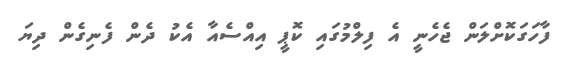
ފާހަގަކޮށްލަން ޖެހެނީ އެ ފިލްމުގައި ކޮޕީ އިއްސެއާ އެކު ދެން ފެނިގެން ދިޔަ